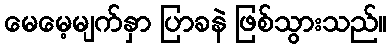
မေမေ့မျက်နှာ ပြာခနဲ ဖြစ်သွားသည်။